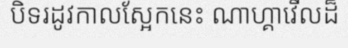
បិទរដូវកាលស្អែកនេះ ណាហ្គាវើលដ៏